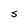
Character: S